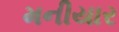
મનીયાર